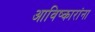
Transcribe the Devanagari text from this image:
आविष्कारांना